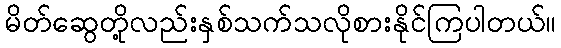
မိတ်ဆွေတို့လည်းနှစ်သက်သလိုစားနိုင်ကြပါတယ်။